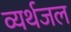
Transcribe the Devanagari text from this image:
व्यर्थजल